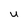
Character: U